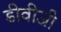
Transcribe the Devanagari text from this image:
डीवीजी